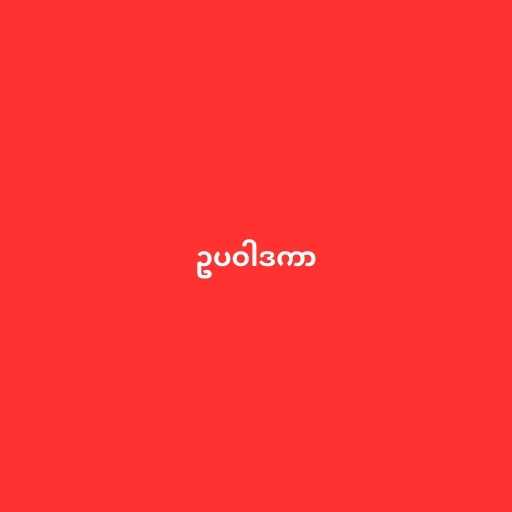
ဥပဝါဒကာ